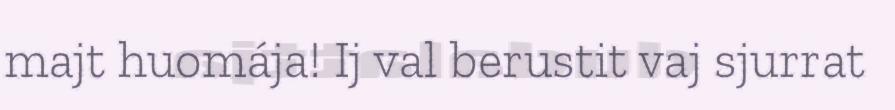
majt huomája! Ij val berustit vaj sjurrat